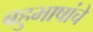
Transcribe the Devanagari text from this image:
बहुभाषांचे